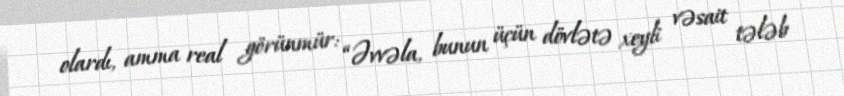
olardı, amma real görünmür: “Əvvəla, bunun üçün dövlətə xeyli vəsait tələb